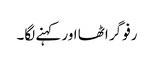
رفو گر اٹھا اور کہنے لگا۔